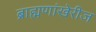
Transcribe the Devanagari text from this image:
ब्राह्मणांखेरीज